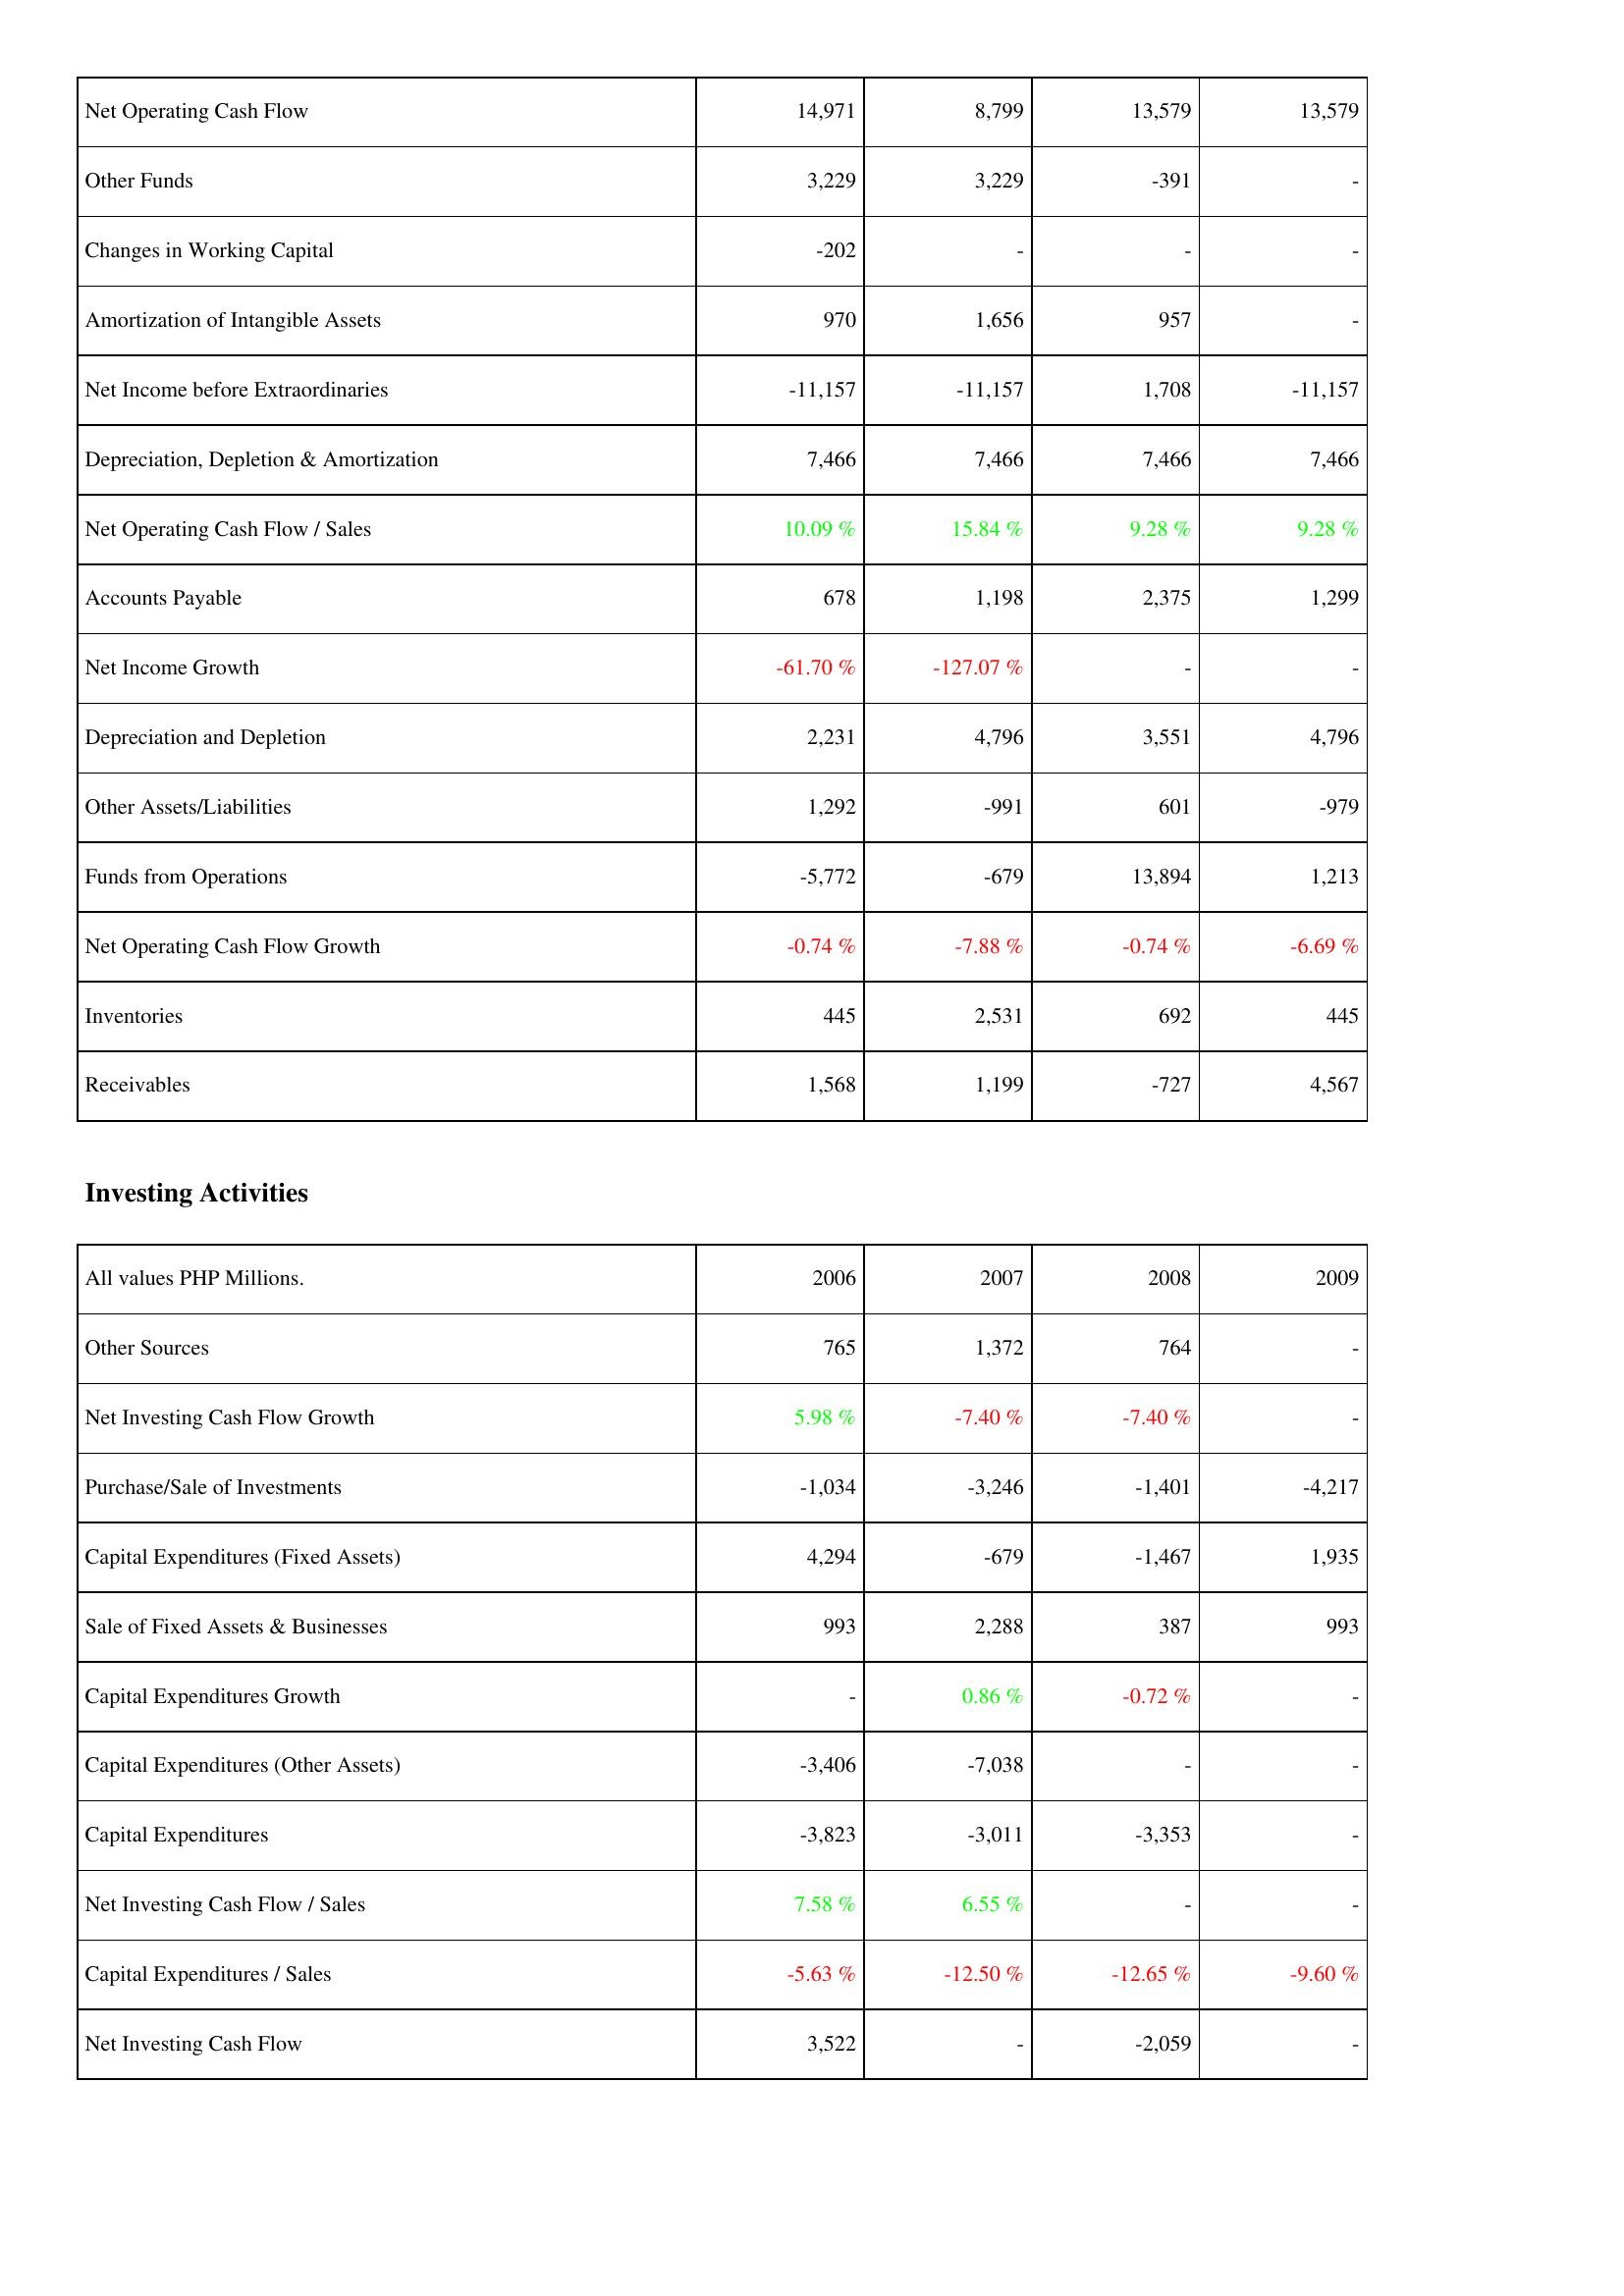
2006: Operating Activities: Net Operating Cash Flow: 14,971
Other Funds: 3,229
Changes in Working Capital: -202
Amortization of Intangible Assets: 970
Net Income before Extraordinaries: -11,157
Depreciation, Depletion & Amortization: 7,466
Net Operating Cash Flow / Sales: 10.09 %
Accounts Payable: 678
Net Income Growth: -61.70 %
Depreciation and Depletion: 2,231
Other Assets/Liabilities: 1,292
Funds from Operations: -5,772
Net Operating Cash Flow Growth: -0.74 %
Inventories: 445
Receivables: 1,568
Investing Activities: Other Sources: 765
Net Investing Cash Flow Growth: 5.98 %
Purchase/Sale of Investments: -1,034
Capital Expenditures (Fixed Assets): 4,294
Sale of Fixed Assets & Businesses: 993
Capital Expenditures Growth: -
Capital Expenditures (Other Assets): -3,406
Capital Expenditures: -3,823
Net Investing Cash Flow / Sales: 7.58 %
Capital Expenditures / Sales: -5.63 %
Net Investing Cash Flow: 3,522
2007: Operating Activities: Net Operating Cash Flow: 8,799
Other Funds: 3,229
Changes in Working Capital: -
Amortization of Intangible Assets: 1,656
Net Income before Extraordinaries: -11,157
Depreciation, Depletion & Amortization: 7,466
Net Operating Cash Flow / Sales: 15.84 %
Accounts Payable: 1,198
Net Income Growth: -127.07 %
Depreciation and Depletion: 4,796
Other Assets/Liabilities: -991
Funds from Operations: -679
Net Operating Cash Flow Growth: -7.88 %
Inventories: 2,531
Receivables: 1,199
Investing Activities: Other Sources: 1,372
Net Investing Cash Flow Growth: -7.40 %
Purchase/Sale of Investments: -3,246
Capital Expenditures (Fixed Assets): -679
Sale of Fixed Assets & Businesses: 2,288
Capital Expenditures Growth: 0.86 %
Capital Expenditures (Other Assets): -7,038
Capital Expenditures: -3,011
Net Investing Cash Flow / Sales: 6.55 %
Capital Expenditures / Sales: -12.50 %
Net Investing Cash Flow: -
2008: Operating Activities: Net Operating Cash Flow: 13,579
Other Funds: -391
Changes in Working Capital: -
Amortization of Intangible Assets: 957
Net Income before Extraordinaries: 1,708
Depreciation, Depletion & Amortization: 7,466
Net Operating Cash Flow / Sales: 9.28 %
Accounts Payable: 2,375
Net Income Growth: -
Depreciation and Depletion: 3,551
Other Assets/Liabilities: 601
Funds from Operations: 13,894
Net Operating Cash Flow Growth: -0.74 %
Inventories: 692
Receivables: -727
Investing Activities: Other Sources: 764
Net Investing Cash Flow Growth: -7.40 %
Purchase/Sale of Investments: -1,401
Capital Expenditures (Fixed Assets): -1,467
Sale of Fixed Assets & Businesses: 387
Capital Expenditures Growth: -0.72 %
Capital Expenditures (Other Assets): -
Capital Expenditures: -3,353
Net Investing Cash Flow / Sales: -
Capital Expenditures / Sales: -12.65 %
Net Investing Cash Flow: -2,059
2009: Operating Activities: Net Operating Cash Flow: 13,579
Other Funds: -
Changes in Working Capital: -
Amortization of Intangible Assets: -
Net Income before Extraordinaries: -11,157
Depreciation, Depletion & Amortization: 7,466
Net Operating Cash Flow / Sales: 9.28 %
Accounts Payable: 1,299
Net Income Growth: -
Depreciation and Depletion: 4,796
Other Assets/Liabilities: -979
Funds from Operations: 1,213
Net Operating Cash Flow Growth: -6.69 %
Inventories: 445
Receivables: 4,567
Investing Activities: Other Sources: -
Net Investing Cash Flow Growth: -
Purchase/Sale of Investments: -4,217
Capital Expenditures (Fixed Assets): 1,935
Sale of Fixed Assets & Businesses: 993
Capital Expenditures Growth: -
Capital Expenditures (Other Assets): -
Capital Expenditures: -
Net Investing Cash Flow / Sales: -
Capital Expenditures / Sales: -9.60 %
Net Investing Cash Flow: -